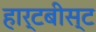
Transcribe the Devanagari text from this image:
हार्टबीस्ट